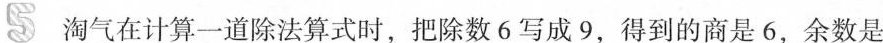
5淘气在计算一道除法算式时，把除数6写成9，得到的商是6，余数是